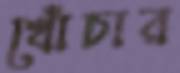
খোঁচার